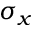
\sigma _ { x }